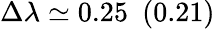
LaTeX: \Delta\lambda\simeq 0.25~~(0.21)